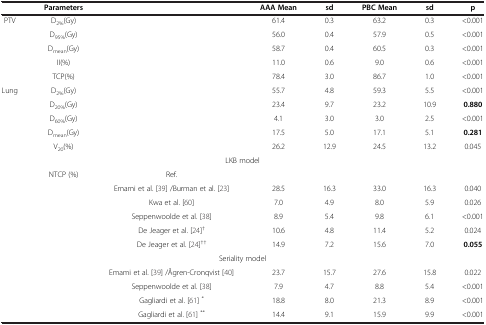
<table><thead><tr><td><b> </b></td><td><b>Parameters</b></td><td><b> </b></td><td><b>AAA Mean</b></td><td><b>sd</b></td><td><b>PBC Mean</b></td><td><b>sd</b></td><td><b>p</b></td></tr></thead><tbody><tr><td>PTV</td><td>D<sub>2%</sub>(Gy)</td><td> </td><td>61.4</td><td>0.3</td><td>63.2</td><td>0.3</td><td>&lt;0.001</td></tr><tr><td> </td><td>D<sub>95%</sub>(Gy)</td><td> </td><td>56.0</td><td>0.4</td><td>57.9</td><td>0.5</td><td>&lt;0.001</td></tr><tr><td> </td><td>D<sub>mean</sub>(Gy)</td><td> </td><td>58.7</td><td>0.4</td><td>60.5</td><td>0.3</td><td>&lt;0.001</td></tr><tr><td> </td><td>II(%)</td><td> </td><td>11.0</td><td>0.6</td><td>9.0</td><td>0.6</td><td>&lt;0.001</td></tr><tr><td> </td><td>TCP(%)</td><td> </td><td>78.4</td><td>3.0</td><td>86.7</td><td>1.0</td><td>&lt;0.001</td></tr><tr><td>Lung</td><td>D<sub>2%</sub>(Gy)</td><td> </td><td>55.7</td><td>4.8</td><td>59.3</td><td>5.5</td><td>&lt;0.001</td></tr><tr><td> </td><td>D<sub>20%</sub>(Gy)</td><td> </td><td>23.4</td><td>9.7</td><td>23.2</td><td>10.9</td><td><b>0.880</b></td></tr><tr><td> </td><td>D<sub>60%</sub>(Gy)</td><td> </td><td>4.1</td><td>3.0</td><td>3.0</td><td>2.5</td><td>&lt;0.001</td></tr><tr><td> </td><td>D<sub>mean</sub>(Gy)</td><td> </td><td>17.5</td><td>5.0</td><td>17.1</td><td>5.1</td><td><b>0.281</b></td></tr><tr><td> </td><td>V<sub>20</sub>(%)</td><td> </td><td>26.2</td><td>12.9</td><td>24.5</td><td>13.2</td><td>0.045</td></tr><tr><td> </td><td> </td><td>LKB model</td><td> </td><td> </td><td> </td><td> </td><td> </td></tr><tr><td> </td><td>NTCP (%)</td><td>Ref.</td><td> </td><td> </td><td> </td><td> </td><td> </td></tr><tr><td> </td><td> </td><td>Emami et al. [39] /Burman et al. [23]</td><td>28.5</td><td>16.3</td><td>33.0</td><td>16.3</td><td>0.040</td></tr><tr><td> </td><td> </td><td>Kwa et al. [60]</td><td>7.0</td><td>4.9</td><td>8.0</td><td>5.9</td><td>0.026</td></tr><tr><td> </td><td> </td><td>Seppenwoolde et al. [38]</td><td>8.9</td><td>5.4</td><td>9.8</td><td>6.1</td><td>&lt;0.001</td></tr><tr><td> </td><td> </td><td>De Jeager et al. [24]<sup>†</sup></td><td>10.6</td><td>4.8</td><td>11.4</td><td>5.2</td><td>0.024</td></tr><tr><td> </td><td> </td><td>De Jeager et al. [24]<sup>††</sup></td><td>14.9</td><td>7.2</td><td>15.6</td><td>7.0</td><td><b>0.055</b></td></tr><tr><td> </td><td> </td><td>Seriality model</td><td> </td><td> </td><td> </td><td> </td><td> </td></tr><tr><td> </td><td> </td><td>Emami et al. [39] /Ågren-Cronqvist [40]</td><td>23.7</td><td>15.7</td><td>27.6</td><td>15.8</td><td>0.022</td></tr><tr><td> </td><td> </td><td>Seppenwoolde et al. [38]</td><td>7.9</td><td>4.7</td><td>8.8</td><td>5.4</td><td>&lt;0.001</td></tr><tr><td> </td><td> </td><td>Gagliardi et al. [61]<sup>*</sup></td><td>18.8</td><td>8.0</td><td>21.3</td><td>8.9</td><td>&lt;0.001</td></tr><tr><td> </td><td> </td><td>Gagliardi et al. [61]<sup>**</sup></td><td>14.4</td><td>9.1</td><td>15.9</td><td>9.9</td><td>&lt;0.001</td></tr></tbody></table>